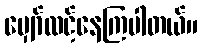
မျှော်လင့်နေကြပါတယ်။